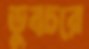
ডুবচরে